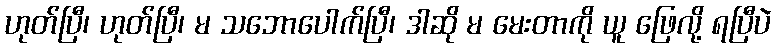
ဟုတ်ပြီ၊ ဟုတ်ပြီ၊ မ သဘောပေါက်ပြီ၊ ဒါဆို မ မေးတာကို ယူ ဖြေလို့ ရပြီပဲ